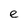
Character: e